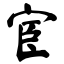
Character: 宦